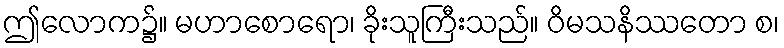
ဤလောက၌။ မဟာစောရော၊ ခိုးသူကြီးသည်။ ဝိမသနိဿတော စ၊